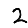
Digit: 2